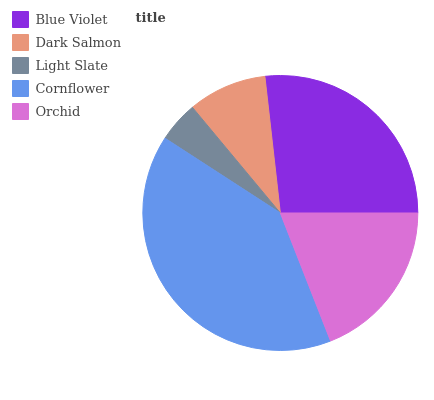
| Blue Violet | Dark Salmon | Light Slate | Cornflower | Orchid |
 | --- | --- | --- | --- | --- |
 | 26.7% | 9.26% | 4.79% | 40.1% | 19.1% |